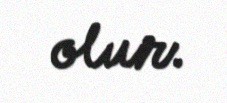
olur.